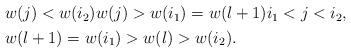
LaTeX: \begin{align*}\begin{aligned} &w(j)<w(i_2)w(j)>w(i_1)=w(l+1)i_1<j<i_2,\\ &w(l+1)=w(i_1)>w(l)>w(i_2).\end{aligned}\end{align*}